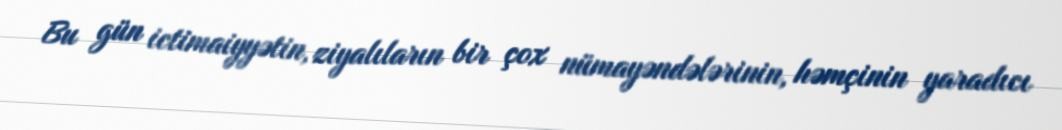
Bu gün ictimaiyyətin, ziyalıların bir çox nümayəndələrinin, həmçinin yaradıcı